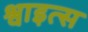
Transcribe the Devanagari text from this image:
श्वाइत्स